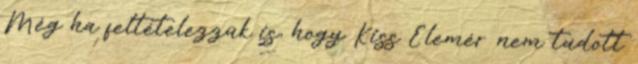
Még ha feltételezzük is, hogy Kiss Elemér nem tudott